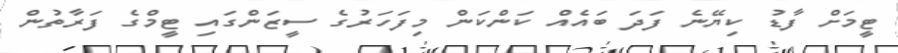
ޓީމަށް ފާޑު ކިޔޭނެ ފަދަ ބައެއް ކަންކަން މިފަހަރުގެ ސީޒަންގައި ޓީމްގެ ފަރާތުން